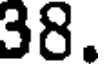
38.